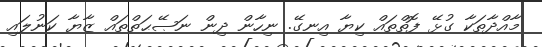
މާއްދާތަކާ ގުޅޭ ފޮތްތައް ކިޔާ އިނގޭ. ނިހާން ދިން ނަޞޭޙަތްތައް ޒާޔާ ކަނުލައި